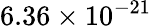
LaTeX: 6.36\times 10^{-21}